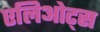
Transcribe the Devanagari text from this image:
एलिओट्स